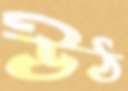
উঠ